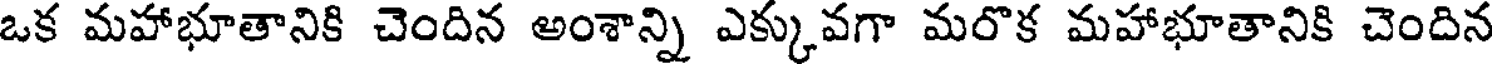
ఒక మహాభూతానికి చెందిన అంశాన్ని ఎక్కువగా మరొక మహాభూతానికి చెందిన